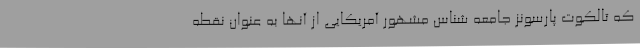
که تالکوت پارسونز جامعه شناس مشهور آمریکایی از آنها به عنوان نقطه